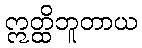
ဣတ္ထိဘူတာယ